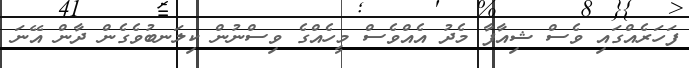
ފަހަރެއްގައި ވެސް ޝިއާފާ މެދު އެއްވެސް މީހެއްގެ ވިސްނުން ކިލަނބުވެގެން ދާން އޭނަ